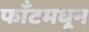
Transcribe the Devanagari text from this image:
फाँटमधून